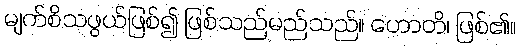
မျက်စိသဖွယ်ဖြစ်၍ ဖြစ်သည်မည်သည်။ ဟောတိ၊ ဖြစ်၏။